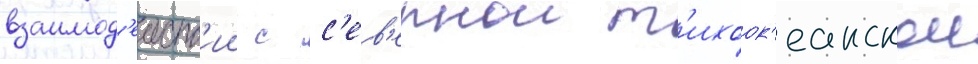
взаимод'еиств'ии с с'ев'ернои т'ихоок'еанскои